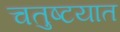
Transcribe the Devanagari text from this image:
चतुष्टयात